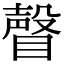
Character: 𥊧